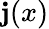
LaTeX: \mathbf{j}(x)